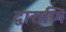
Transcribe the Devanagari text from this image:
द्वाराणि